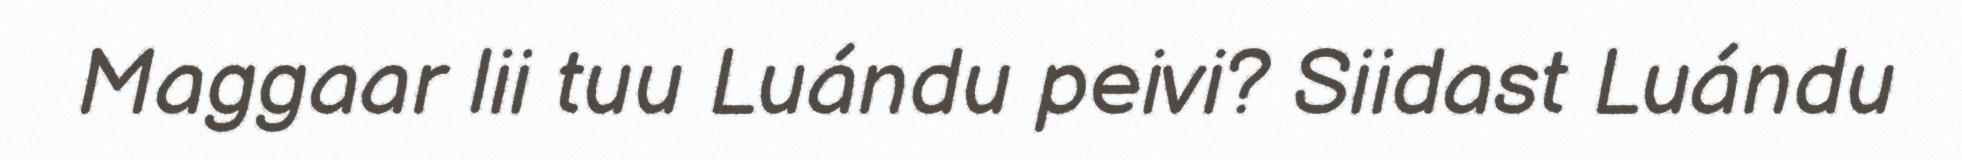
Maggaar lii tuu Luándu peivi? Siidast Luándu